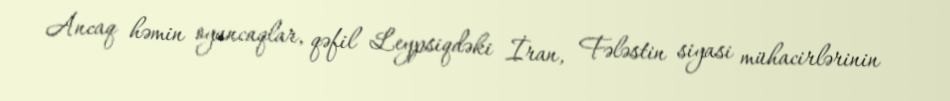
Ancaq həmin oyuncaqlar, qəfil Leypsiqdəki İran, Fələstin siyasi mühacirlərinin